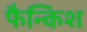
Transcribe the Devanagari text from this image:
फैन्किश